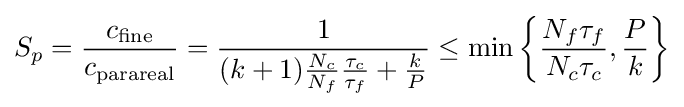
S_{p}={\frac {c_{\text{fine}}}{c_{\text{parareal}}}}={\frac {1}{(k+1){\frac {N_{c}}{N_{f}}}{\frac {\tau _{c}}{\tau _{f}}}+{\frac {k}{P}}}}\leq \min \left\{{\frac {N_{f}\tau _{f}}{N_{c}\tau _{c}}},{\frac {P}{k}}\right\}